Leaving Certificate Examination (including Day School Certificate (Higher) General paper), 1939
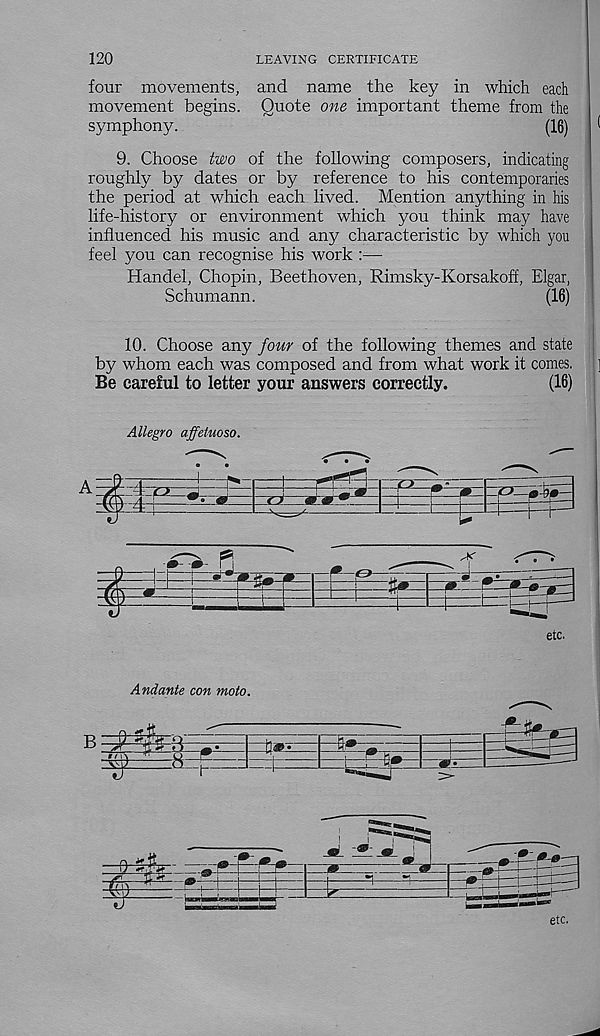
120
LEAVING CERTIFICATE
four movements, and name the key in which each
movement begins. Quote one important theme from the
symphony.
(16)
*
9. Choose two of the following composers, indicating
roughly by dates or by reference to his contemporaries
the period at which each lived. Mention anything in his
life-history or environment which you think may have
influenced his music and any characteristic by which you
feel you can recognise his work :—
Handel, Chopin, Beethoven, Rimsky-Korsakoff, Elgar,
Schumann.
(16)
10. Choose any four of the following themes and state
by whom each was composed and from what work it comes.
]
Be careful to letter your answers correctly.
(16)
....
Allegro affetuoso.
etc.
Andante con moto.